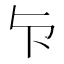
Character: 𭅴